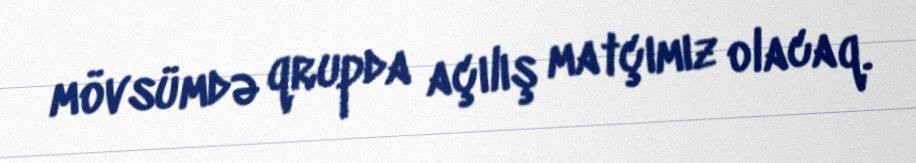
mövsümdə qrupda açılış matçımız olacaq.